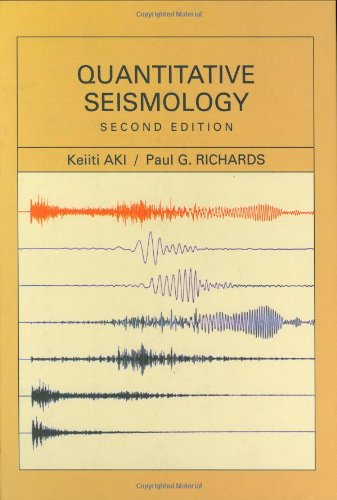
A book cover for Quantitative Seismology: Theory and Methods; Keiiti Aki; Science & Math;